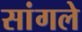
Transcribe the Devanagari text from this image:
सांगले